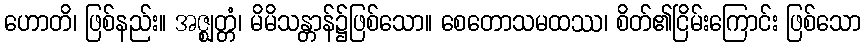
ဟောတိ၊ ဖြစ်နည်း။ အဇ္ဈတ္တံ၊ မိမိသန္တာန်၌ဖြစ်သော။ စေတောသမထဿ၊ စိတ်၏ငြိမ်းကြောင်း ဖြစ်သော